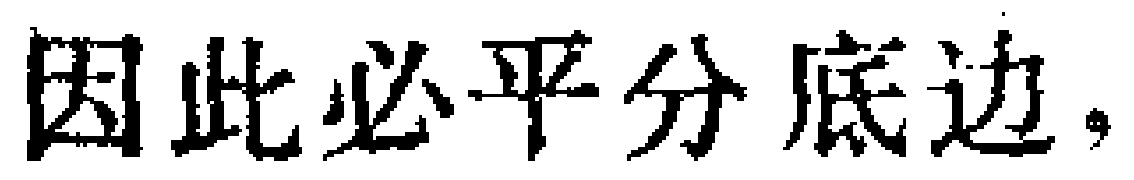
因此必平分底边，